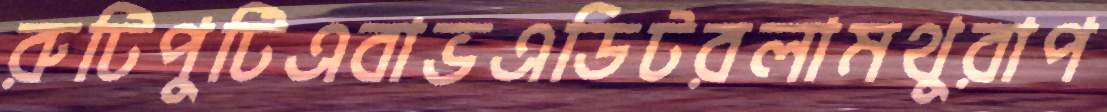
রুটিপুটিএবাভএডিটরলামথুরাপ